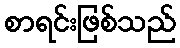
စာရင်းဖြစ်သည်